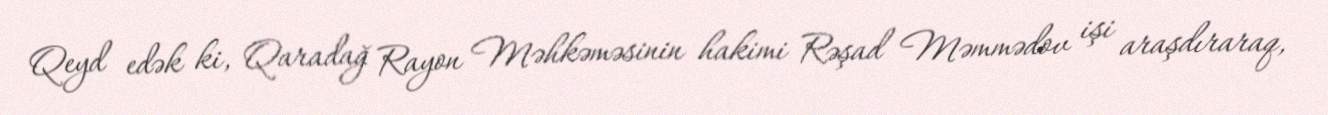
Qeyd edək ki, Qaradağ Rayon Məhkəməsinin hakimi Rəşad Məmmədov işi araşdıraraq,